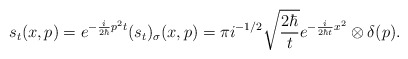
\begin{align*}s_{t}(x,p)=e^{-\frac{i}{2\hbar}p^{2}t}(s_{t})_{\sigma}(x,p)=\pi i^{-1/2}\sqrt{\frac{2\hbar}{t}}e^{-\frac{i}{2\hbar t}x^{2}}\otimes\delta(p). \end{align*}